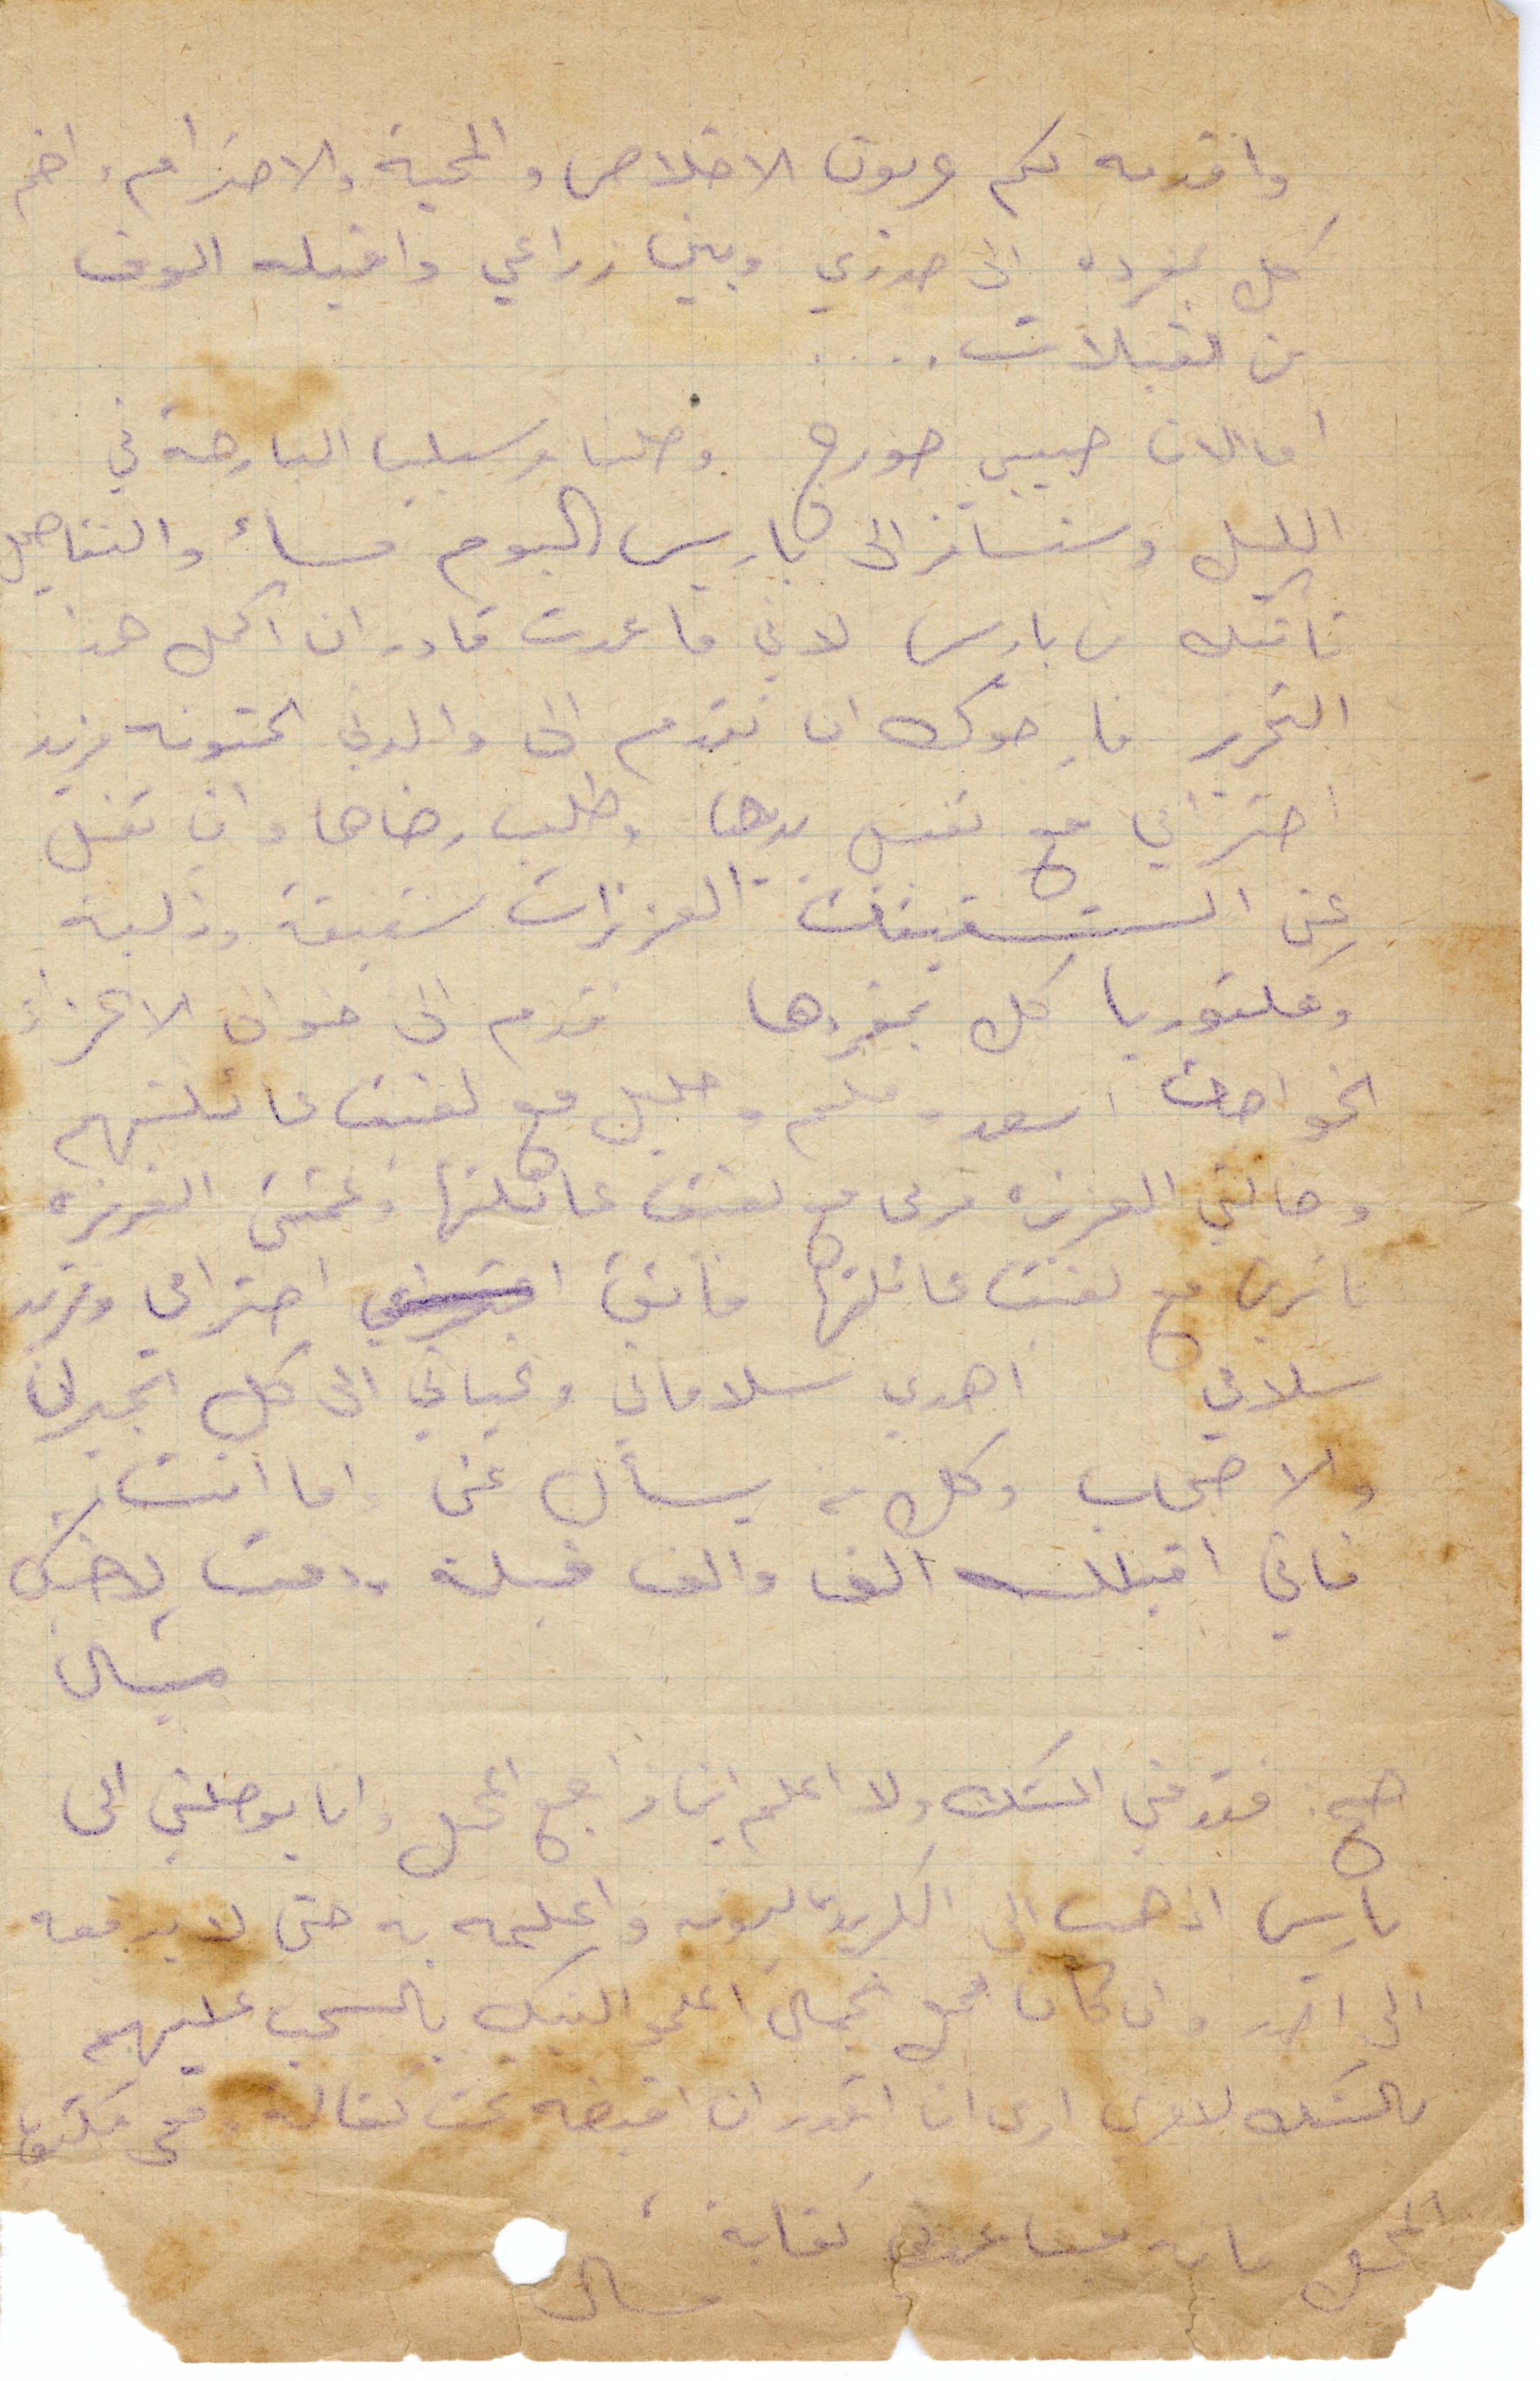
واقدمه لكم عربون الإخلاص والمحبة والاحترام واضم
كل بمفرده الى صدري وبين زراعي واقبله الوف
من القبلات
اما الان حبيب جورج وصلنا مرسيليا البارحة في
الليل وسنسافر الى باريس اليوم مساء والتفاصيل
تأتيك من باريس لاني ما عدت قادر ان اكمل هذا
التحرر فارجوك ان تقدم الى والدتي الحنونة مزيد
احترامي مع تقبيل يدها وطلب رضاها وان تقبل
عن الشقيقات العزيزات شفيقة وذكية
وفكتوريا كل بمفردها قدم الى خوان الأعزاء
الخواجه اسعد وملحم وخليل مع لفيف عائلتهم
وخالتي العزيزة مرتى مع لفيف عائلتها وعمتي العزيزة
ناشرين مع لفيف عائلتها فائق احترامي ومزيد
سلامي اهدي سلاماتي وتحياتي الى كل الجيران
والاصحاب وكل من يسأل عني واما انت
فاني اقبلك الف والف قبلة ودمت لاخيك
ميشال
صح: فتنني الشك ولا اعلم اني مراجع المحل وانا يوصلني الى
باريس اذهب الى الكريدي ليونه واعلمه به حتى لا يرفعه
الى احد وان كان بمحل عمال اعلموا البنك بالسحب عليهم
والشك لامري أرى ان اقدر ان اقبضه تحت يكفالة معي مكتوب
المحل بانه مساعدتي كتابة ميشال